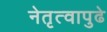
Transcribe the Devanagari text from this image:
नेतृत्वापुढे